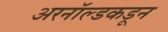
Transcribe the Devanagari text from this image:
अरनॉल्डकडून